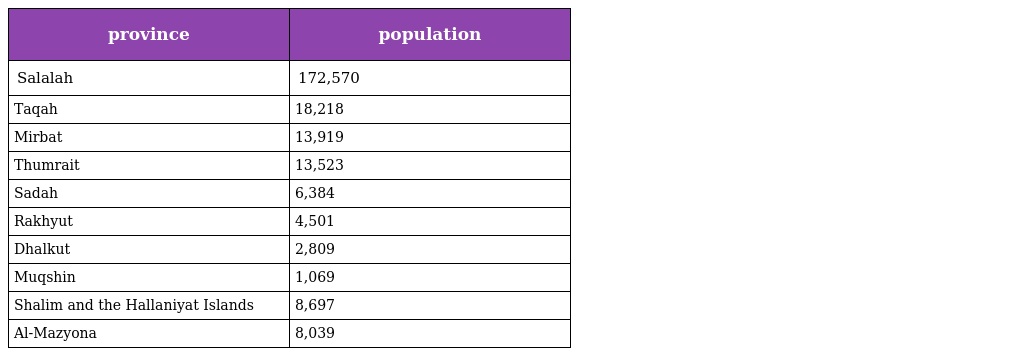
| province | population |
 | --- | --- |
 | Salalah | 172,570 |
 | Taqah | 18,218 |
 | Mirbat | 13,919 |
 | Thumrait | 13,523 |
 | Sadah | 6,384 |
 | Rakhyut | 4,501 |
 | Dhalkut | 2,809 |
 | Muqshin | 1,069 |
 | Shalim and the Hallaniyat Islands | 8,697 |
 | Al-Mazyona | 8,039 |